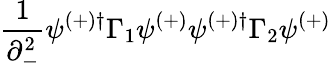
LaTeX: \frac{1}{\partial_{-}^{2}}\psi^{(+)\dagger}\Gamma_{1}\psi^{(+)}\psi^{(+)\dagger}\Gamma_{2}\psi^{(+)}